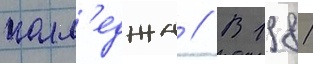
колл'еджа // В 1981